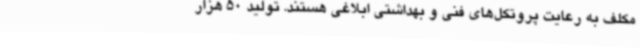
مکلف به رعایت پروتکل‌های فنی و بهداشتی ابلاغی هستند. تولید 50 هزار